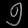
Digit: ၅